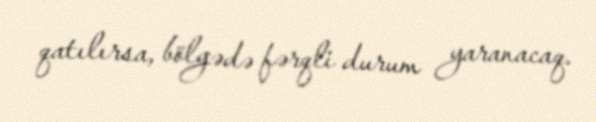
qatılırsa, bölgədə fərqli durum yaranacaq.